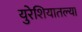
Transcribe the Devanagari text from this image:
युरेशियातल्या